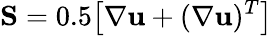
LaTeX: \mathbf{S}=0.5\bigl[\nabla\mathbf{u}+(\nabla\mathbf{u})^{T}\bigr]